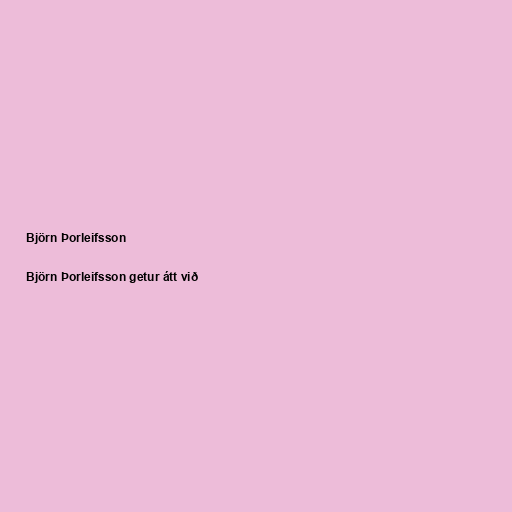
Björn Þorleifsson

Björn Þorleifsson getur átt við